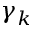
\gamma _ { k }